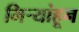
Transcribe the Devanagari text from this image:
मिऱ्यांहून